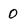
Character: 0